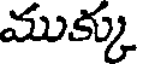
ముక్కు